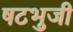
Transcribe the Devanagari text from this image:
षटभुजी